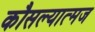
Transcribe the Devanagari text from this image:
कौसल्यात्मज